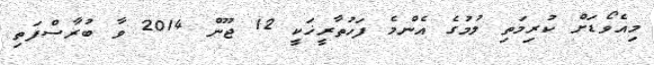
މިއެވޯޑަށް ކުރިމަތި ލުމުގެ އެންމެ ފަހުތާރީޚަކީ 12 ޖޫން 2014 ވާ ބުރާސްފަތި